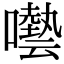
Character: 𡂞